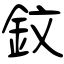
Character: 鈫